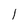
Character: I